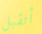
أتقبل